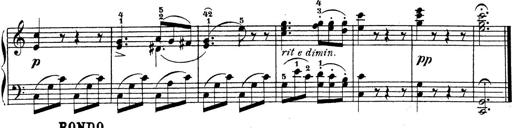
Title: 4 Sonatinas
Composer: Jacob Schmitt